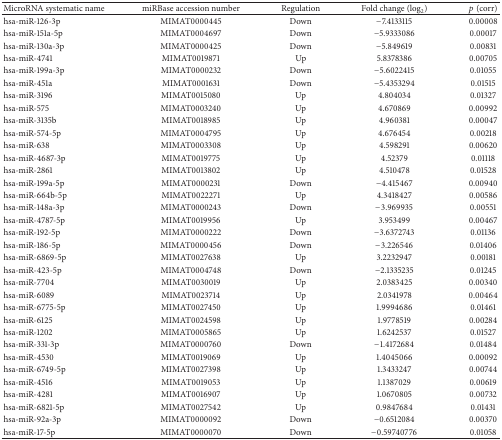
<table><thead><tr><td><b>MicroRNA systematic name</b></td><td><b>miRBase accession number</b></td><td><b>Regulation</b></td><td><b>Fold change (log<sub>2</sub>)</b></td><td><b><i>p</i> (corr)</b></td></tr></thead><tbody><tr><td>hsa-miR-126-3p</td><td>MIMAT0000445</td><td>Down</td><td>−7.4133115</td><td>0.00008</td></tr><tr><td>hsa-miR-151a-5p</td><td>MIMAT0004697</td><td>Down</td><td>−5.9333086</td><td>0.00017</td></tr><tr><td>hsa-miR-130a-3p</td><td>MIMAT0000425</td><td>Down</td><td>−5.849619</td><td>0.00831</td></tr><tr><td>hsa-miR-4741</td><td>MIMAT0019871</td><td>Up</td><td>5.8378386</td><td>0.00705</td></tr><tr><td>hsa-miR-199a-3p</td><td>MIMAT0000232</td><td>Down</td><td>−5.6022415</td><td>0.01055</td></tr><tr><td>hsa-miR-451a</td><td>MIMAT0001631</td><td>Down</td><td>−5.4353294</td><td>0.01515</td></tr><tr><td>hsa-miR-3196</td><td>MIMAT0015080</td><td>Up</td><td>4.804034</td><td>0.01327</td></tr><tr><td>hsa-miR-575</td><td>MIMAT0003240</td><td>Up</td><td>4.670869</td><td>0.00992</td></tr><tr><td>hsa-miR-3135b</td><td>MIMAT0018985</td><td>Up</td><td>4.960381</td><td>0.00047</td></tr><tr><td>hsa-miR-574-5p</td><td>MIMAT0004795</td><td>Up</td><td>4.676454</td><td>0.00218</td></tr><tr><td>hsa-miR-638</td><td>MIMAT0003308</td><td>Up</td><td>4.598291</td><td>0.00620</td></tr><tr><td>hsa-miR-4687-3p</td><td>MIMAT0019775</td><td>Up</td><td>4.52379</td><td>0.01118</td></tr><tr><td>hsa-miR-2861</td><td>MIMAT0013802</td><td>Up</td><td>4.510478</td><td>0.01528</td></tr><tr><td>hsa-miR-199a-5p</td><td>MIMAT0000231</td><td>Down</td><td>−4.415467</td><td>0.00940</td></tr><tr><td>hsa-miR-664b-5p</td><td>MIMAT0022271</td><td>Up</td><td>4.3418427</td><td>0.00586</td></tr><tr><td>hsa-miR-148a-3p</td><td>MIMAT0000243</td><td>Down</td><td>−3.969935</td><td>0.00551</td></tr><tr><td>hsa-miR-4787-5p</td><td>MIMAT0019956</td><td>Up</td><td>3.953499</td><td>0.00467</td></tr><tr><td>hsa-miR-192-5p</td><td>MIMAT0000222</td><td>Down</td><td>−3.6372743</td><td>0.01136</td></tr><tr><td>hsa-miR-186-5p</td><td>MIMAT0000456</td><td>Down</td><td>−3.226546</td><td>0.01406</td></tr><tr><td>hsa-miR-6869-5p</td><td>MIMAT0027638</td><td>Up</td><td>3.2232947</td><td>0.00181</td></tr><tr><td>hsa-miR-423-5p</td><td>MIMAT0004748</td><td>Down</td><td>−2.1335235</td><td>0.01245</td></tr><tr><td>hsa-miR-7704</td><td>MIMAT0030019</td><td>Up</td><td>2.0383425</td><td>0.00340</td></tr><tr><td>hsa-miR-6089</td><td>MIMAT0023714</td><td>Up</td><td>2.0341978</td><td>0.00464</td></tr><tr><td>hsa-miR-6775-5p</td><td>MIMAT0027450</td><td>Up</td><td>1.9994686</td><td>0.01461</td></tr><tr><td>hsa-miR-6125</td><td>MIMAT0024598</td><td>Up</td><td>1.9778519</td><td>0.00284</td></tr><tr><td>hsa-miR-1202</td><td>MIMAT0005865</td><td>Up</td><td>1.6242537</td><td>0.01527</td></tr><tr><td>hsa-miR-331-3p</td><td>MIMAT0000760</td><td>Down</td><td>−1.4172684</td><td>0.01484</td></tr><tr><td>hsa-miR-4530</td><td>MIMAT0019069</td><td>Up</td><td>1.4045066</td><td>0.00092</td></tr><tr><td>hsa-miR-6749-5p</td><td>MIMAT0027398</td><td>Up</td><td>1.3433247</td><td>0.00744</td></tr><tr><td>hsa-miR-4516</td><td>MIMAT0019053</td><td>Up</td><td>1.1387029</td><td>0.00619</td></tr><tr><td>hsa-miR-4281</td><td>MIMAT0016907</td><td>Up</td><td>1.0670805</td><td>0.00732</td></tr><tr><td>hsa-miR-6821-5p</td><td>MIMAT0027542</td><td>Up</td><td>0.9847684</td><td>0.01431</td></tr><tr><td>hsa-miR-92a-3p</td><td>MIMAT0000092</td><td>Down</td><td>−0.6512084</td><td>0.00370</td></tr><tr><td>hsa-miR-17-5p</td><td>MIMAT0000070</td><td>Down</td><td>−0.59740776</td><td>0.01058</td></tr></tbody></table>